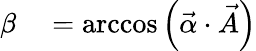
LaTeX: \begin{array}{rl}{\beta}&{{}=\operatorname{arccos}{\left(\vec{\alpha}\cdot\vec{A}\right)}}\end{array}